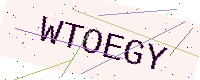
Text: WTOEGY